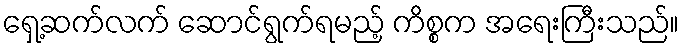
ရှေ့ဆက်လက် ဆောင်ရွက်ရမည့် ကိစ္စက အရေးကြီးသည်။